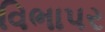
વિભાપર